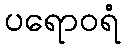
ပရောဝရံ